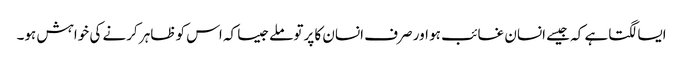
ایسا لگتاہے کہ جیسے انسان غائب ہو اور صرف انسان کا پرتو ملےجیسا کہ اس کو ظاہر کرنے کی خواہش ہو۔